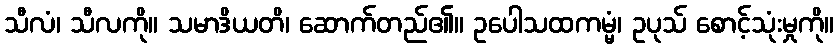
သီလံ၊ သီလကို။ သမာဒိယတိ၊ ဆောက်တည်၏။ ဥပေါသထကမ္မံ၊ ဥပုသ် စောင့်သုံးမှုကို။